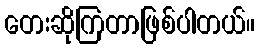
တေးဆိုကြတာဖြစ်ပါတယ်။